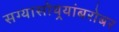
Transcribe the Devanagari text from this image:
सग्यासोयर्‍यांबरोबर